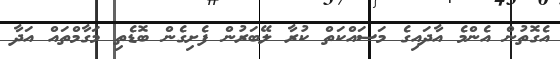
އެގޮތުން އެންމެ އާދައިގެ މަސައްކަތް ކުރާ ލޭބަރުން ފެށިގެން ބޮޑެތި މަގާމްތައް އަދާ